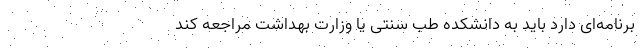
برنامه‌ای دارد باید به دانشکده طب سنتی یا وزارت بهداشت مراجعه کند